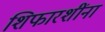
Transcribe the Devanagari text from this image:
शिफारशींना